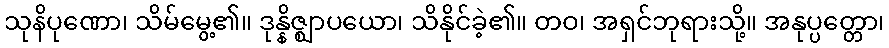
သုနိပုဏော၊ သိမ်မွေ့၏။ ဒုန္နိဇ္ဈာပယော၊ သိနိုင်ခဲ့၏။ တဝ၊ အရှင်ဘုရားသို့။ အနုပ္ပတ္တော၊